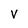
Character: V